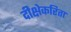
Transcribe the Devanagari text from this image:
दीक्षेकरिता